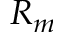
R _ { m }